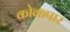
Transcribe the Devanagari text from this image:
कोकपार